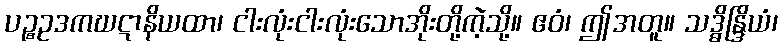
ပဉ္စဥဒကဃဋာနိယထာ၊ ငါးလုံးငါးလုံးသောအိုးတို့ကဲ့သို့။ ဧဝံ၊ ဤအတူ။ သဒ္ဓိန္ဒြိယံ၊